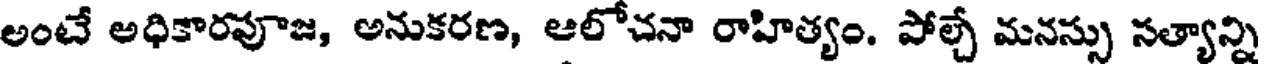
అంటే అధికారపూజ, అనుకరణ, ఆలోచనా రాహిత్యం. పోల్చే మనస్సు నత్యాన్ని